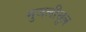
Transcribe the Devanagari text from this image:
मुजलीसुल